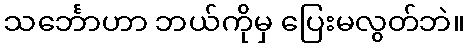
သင်္ဘောဟာ ဘယ်ကိုမှ ပြေးမလွတ်ဘဲ။